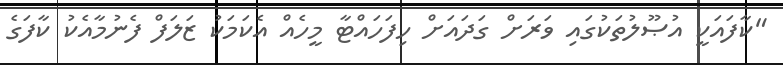
"ކާފައަކީ އުޞޫލުތަކުގައި ވަރަށް ގަދައަށް ހިފަހައްޓާ މީހެއް އެކަމަކު ޒަލަފް ފެނުމާއެކު ކާފަގެ